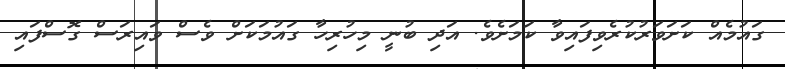
ގައުމެއް ކަށަވަރުކުރެވިފައިވާ ކަމަށެވެ. އަދި ބުނީ މިހުރިހާ ގައުމަކަށް ވެސް ވައިރަސް ގޮސްފައި